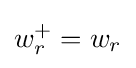
w_{r}^{+}=w_{r}